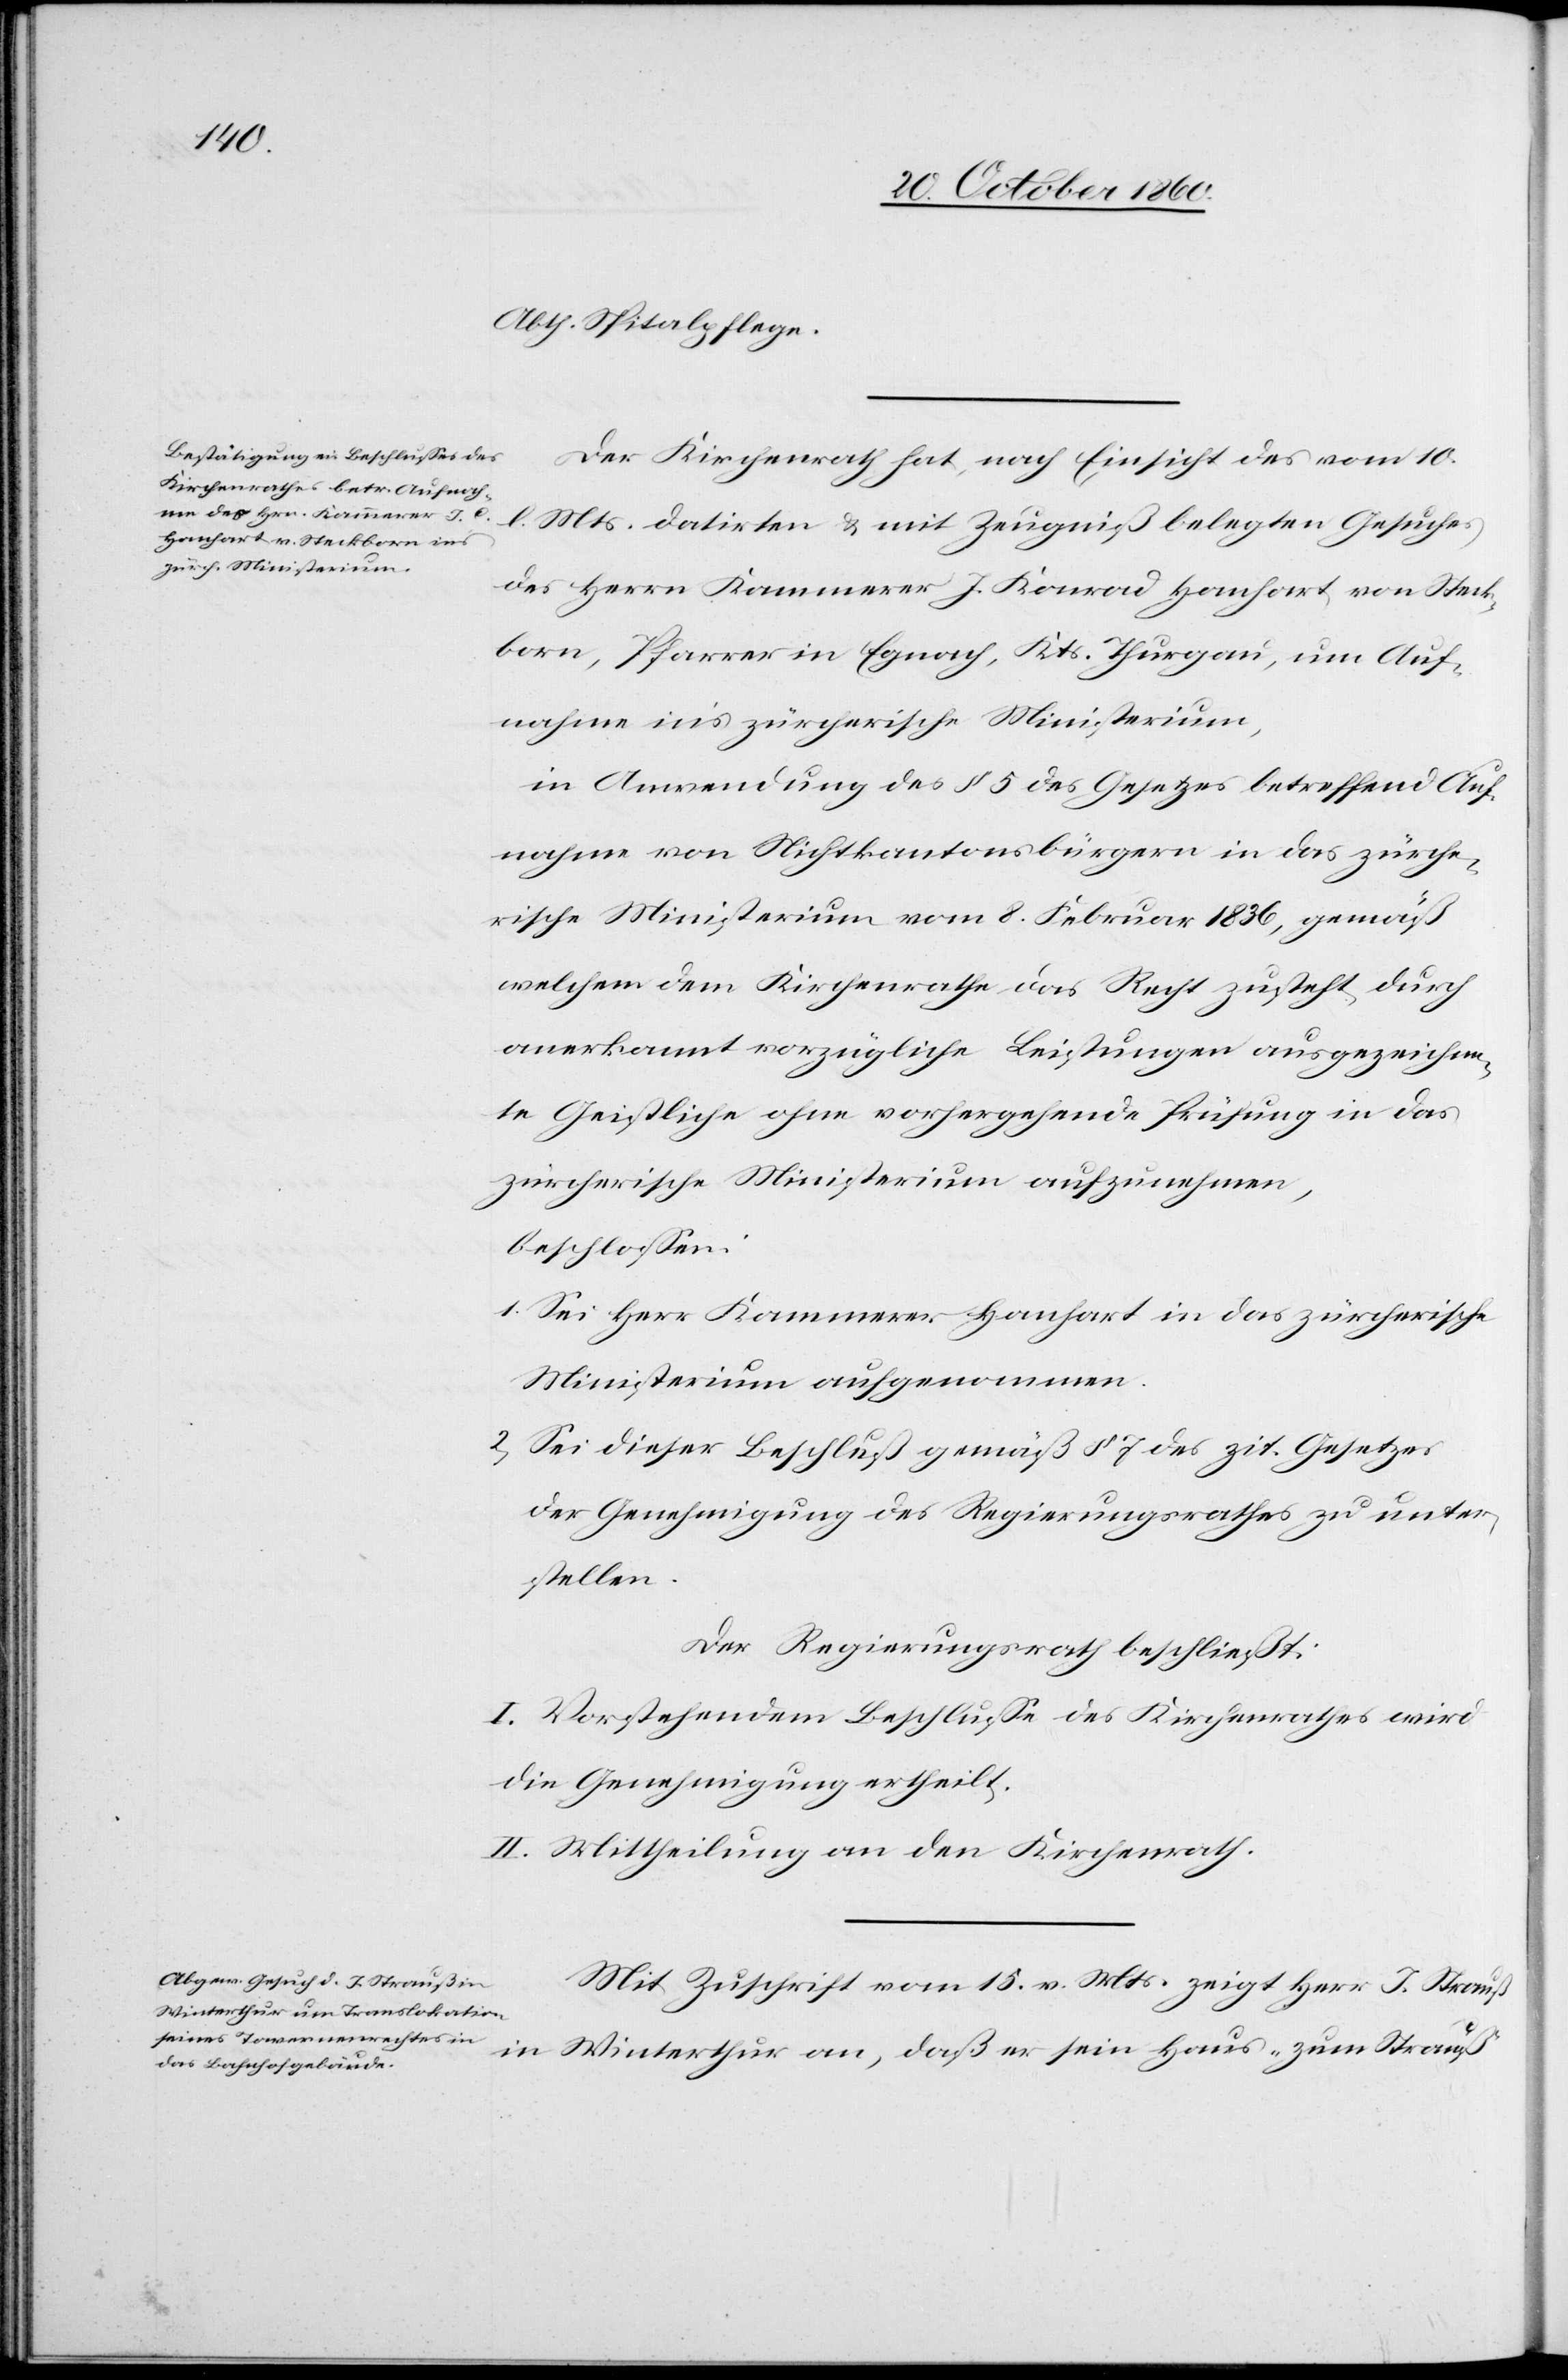
Abth. Spitalpflege.
Der Kirchenrath hat, nach Einsicht des vom 10.
l. Mts. datirten u. mit Zeugniß belegten Gesuches
des Herrn Kammerer J. Konrad Hanhart von Steck¬
born, Pfarrer in Egnach, Kts. Thurgau, um Auf¬
nahme in’s zürcherische Ministerium,
in Anwendung des § 5 des Gesetzes betreffend Auf¬
nahme von Nichtkantonsbürgern in das zürche¬
rische Ministerium vom 8. Februar 1836, gemäß
welchem dem Kirchenrathe das Recht zusteht, durch
anerkannt vorzügliche Leistungen ausgezeichne¬
te Geistliche ohne vorhergehende Prüfung in das
zürcherische Ministerium aufzunehmen,
beschlossen:
1. Sei Herr Kammerer Hanhart in das zürcherische
Ministerium aufgenommen.
2. Sei dieser Beschluß gemäß § 7 des zit. Gesetzes
der Genehmigung des Regierungsrathes zu unter¬
stellen.
Der Regierungsrath beschließt:
I. Vorstehendem Beschlusse des Kirchenrathes wird
die Genehmigung ertheilt.
II. Mittheilung an den Kirchenrath.
Mit Zuschrift vom 15. v. Mts. zeigt Herr J. Strauß
in Winterthur an, daß er sein Haus „zum Strauß“